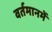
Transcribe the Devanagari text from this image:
वर्तमानमें